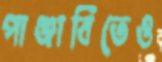
পাঞ্জাবিতেও